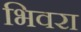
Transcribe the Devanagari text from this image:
भिवरा